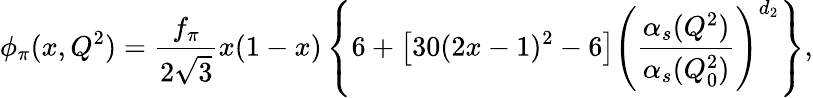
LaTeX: \phi_{\pi}(x,Q^{2})=\frac{f_{\pi}}{2\sqrt{3}}x(1-x)\left\{ 6+\left[30(2x-1)^{2}-6\right]\left(\frac{\alpha_{s}(Q^{2})}{\alpha_{s}(Q_{0}^{2})}\right)^{d_{2}}\right\} ,